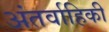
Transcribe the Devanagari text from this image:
अंतर्वाहिकी